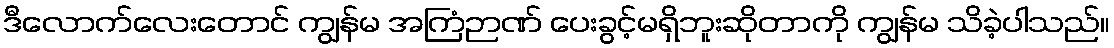
ဒီလောက်လေးတောင် ကျွန်မ အကြံဉာဏ် ပေးခွင့်မရှိဘူးဆိုတာကို ကျွန်မ သိခဲ့ပါသည်။